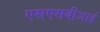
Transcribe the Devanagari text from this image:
एसएसबीआई